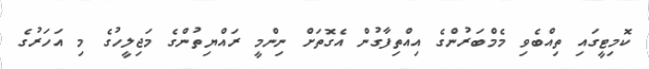
ކޮމިޓީގައި ތިއްބެވި މެމްބަރުންގެ އިއްތިފާގުން އެގޮތަށް ނިންމީ ރައްޔިތުންގެ މަޖިލީހުގެ މި އަހަރުގެ